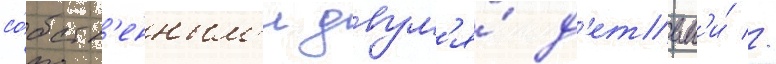
со́бств'енным'и двум'я́ д'етьм'и́ //